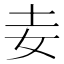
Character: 𡉓